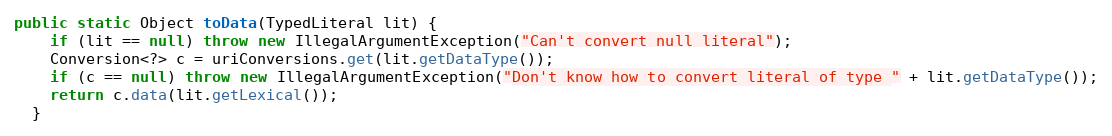
Language: Java
public static Object toData(TypedLiteral lit) {
    if (lit == null) throw new IllegalArgumentException("Can't convert null literal");
    Conversion<?> c = uriConversions.get(lit.getDataType());
    if (c == null) throw new IllegalArgumentException("Don't know how to convert literal of type " + lit.getDataType());
    return c.data(lit.getLexical());
  }